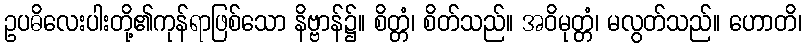
ဥပဓိလေးပါးတို့၏ကုန်ရာဖြစ်သော နိဗ္ဗာန်၌။ စိတ္တံ၊ စိတ်သည်။ အဝိမုတ္တံ၊ မလွတ်သည်။ ဟောတိ၊